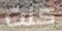
كنت